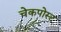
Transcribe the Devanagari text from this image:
चेकपोस्‍ट